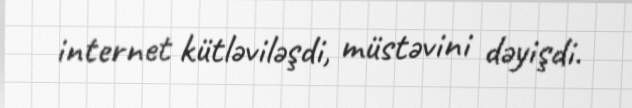
internet kütləviləşdi, müstəvini dəyişdi.